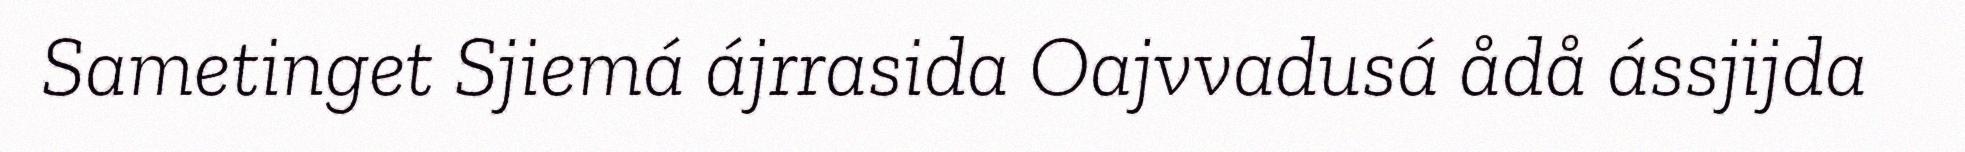
Sametinget Sjiemá ájrrasida Oajvvadusá ådå ássjijda